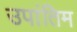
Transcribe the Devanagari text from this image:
उपांतिम